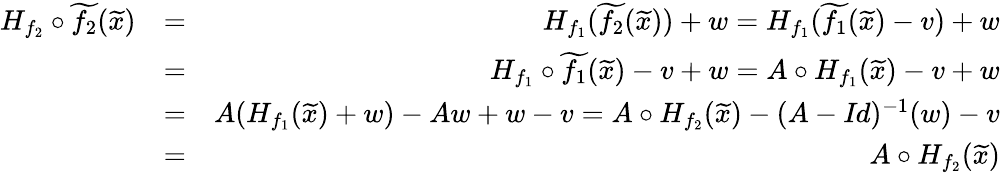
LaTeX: \begin{array}{rlr}{H_{f_{2}}\circ\widetilde{f_{2}}(\widetilde{x})}&{=}&{H_{f_{1}}(\widetilde{f_{2}}(\widetilde{x}))+w=H_{f_{1}}(\widetilde{f_{1}}(\widetilde{x})-v)+w}\\ &{=}&{H_{f_{1}}\circ\widetilde{f_{1}}(\widetilde{x})-v+w=A\circ H_{f_{1}}(\widetilde{x})-v+w}\\ &{=}&{A(H_{f_{1}}(\widetilde{x})+w)-Aw+w-v=A\circ H_{f_{2}}(\widetilde{x})-(A-\textit{Id})^{-1}(w)-v}\\ &{=}&{A\circ H_{f_{2}}(\widetilde{x})}\end{array}